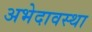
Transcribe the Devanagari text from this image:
अभेदावस्था